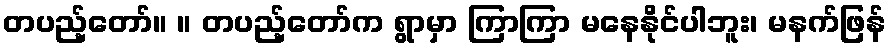
တပည့်တော်။ ။ တပည့်တော်က ရွာမှာ ကြာကြာ မနေနိုင်ပါဘူး၊ မနက်ဖြန်